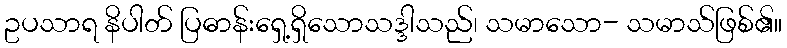
ဥပသာရ နိပါတ် ပြဓာန်းရှေ့ရှိသောသဒ္ဒါသည်၊ သမာသော- သမာသ်ဖြစ်၏။